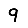
Digit: 9